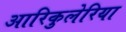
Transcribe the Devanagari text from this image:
आरिकुलेरिया